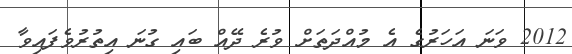
2012 ވަނަ އަހަރުގެ އެ މުއްދަތަށް ވުރެ ދޭއް ބައި ގުނަ އިތުރުވެފައިވާ